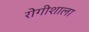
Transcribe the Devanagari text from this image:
रोगीशाला